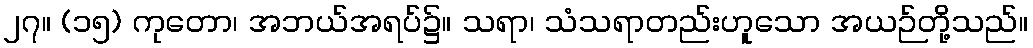
၂၇။ (၁၅) ကုတော၊ အဘယ်အရပ်၌။ သရာ၊ သံသရာတည်းဟူသော အယဉ်တို့သည်။